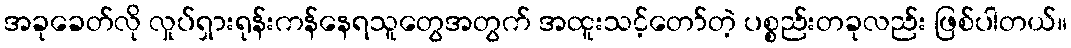
အခုခေတ်လို လှုပ်ရှားရုန်းကန်နေရသူတွေအတွက် အထူးသင့်တော်တဲ့ ပစ္စည်းတခုလည်း ဖြစ်ပါတယ်။